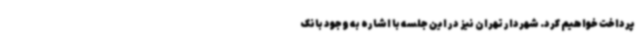
پرداخت خواهیم کرد. شهردار تهران نیز در این جلسه با اشاره به وجود بانک